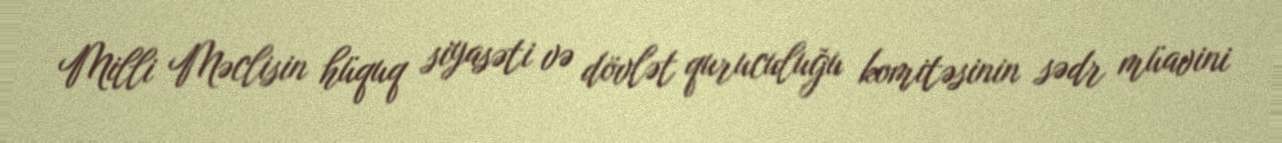
Milli Məclisin hüquq siyasəti və dövlət quruculuğu komitəsinin sədr müavini